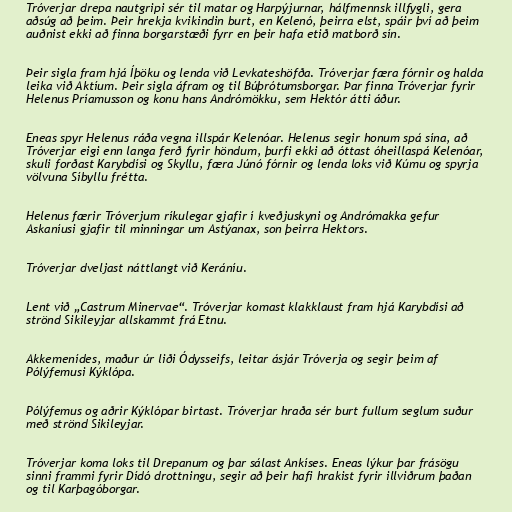
Tróverjar drepa nautgripi sér til matar og Harpýjurnar, hálfmennsk illfygli, gera
aðsúg að þeim. Þeir hrekja kvikindin burt, en Kelenó, þeirra elst, spáir því að þeim
auðnist ekki að finna borgarstæði fyrr en þeir hafa etið matborð sín.

Þeir sigla fram hjá Íþöku og lenda við Levkateshöfða. Tróverjar færa fórnir og halda
leika við Aktíum. Þeir sigla áfram og til Búþrótumsborgar. Þar finna Tróverjar fyrir
Helenus Príamusson og konu hans Andrómökku, sem Hektór átti áður.

Eneas spyr Helenus ráða vegna illspár Kelenóar. Helenus segir honum spá sína, að
Tróverjar eigi enn langa ferð fyrir höndum, þurfi ekki að óttast óheillaspá Kelenóar,
skuli forðast Karybdísi og Skyllu, færa Júnó fórnir og lenda loks við Kúmu og spyrja
völvuna Síbyllu frétta.

Helenus færir Tróverjum ríkulegar gjafir í kveðjuskyni og Andrómakka gefur
Askaníusi gjafir til minningar um Astýanax, son þeirra Hektors.

Tróverjar dveljast náttlangt við Keráníu.

Lent við „Castrum Minervae“. Tróverjar komast klakklaust fram hjá Karybdísi að
strönd Sikileyjar allskammt frá Etnu.

Akkemenídes, maður úr liði Ódysseifs, leitar ásjár Tróverja og segir þeim af
Pólýfemusi Kýklópa.

Pólýfemus og aðrir Kýklópar birtast. Tróverjar hraða sér burt fullum seglum suður
með strönd Sikileyjar.

Tróverjar koma loks til Drepanum og þar sálast Ankíses. Eneas lýkur þar frásögu
sinni frammi fyrir Dídó drottningu, segir að þeir hafi hrakist fyrir illviðrum þaðan
og til Karþagóborgar.